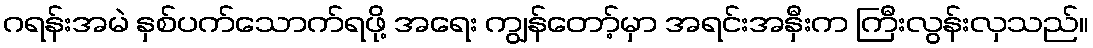
ဂရန်းအမဲ နှစ်ပက်သောက်ရဖို့ အရေး ကျွန်တော့်မှာ အရင်းအနှီးက ကြီးလွန်းလှသည်။